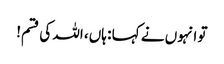
تو انہوں نے کہا : ہاں، اللہ کی قسم!